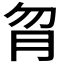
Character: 𦙑